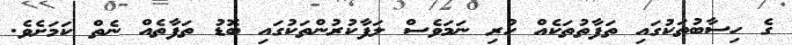
ގެ ހިސާބުތަކުގައި ތަފާތުތަކެއް ހުރި ނަމަވެސް ލަފާކުރުންތަކުގައި ބޮޑު ތަފާތެއް ނެތް ކަމަށެވެ.